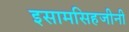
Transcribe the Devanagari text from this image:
इसामसिहजीनी